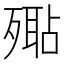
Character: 𣩚